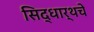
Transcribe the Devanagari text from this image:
सिद्धार्थचे